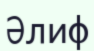
Әлиф